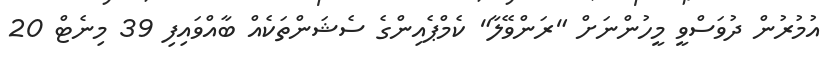
އުމުރުން ދުވަސްވީ މީހުންނަށް "ރަންވޭލާ" ކެމްޕެއިންގެ ސެޝަންތަކެއް ބާއްވައިފި 39 މިނެޓް 20